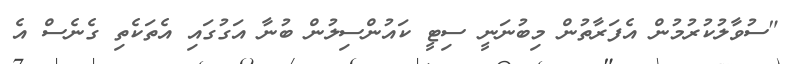
"ސުވާލުކުރުމުން އެފަރާތުން މިބުނަނީ ސިޓީ ކައުންސިލުން ބުނާ އަގުގައި އެތަކެތި ގެނެސް އެ